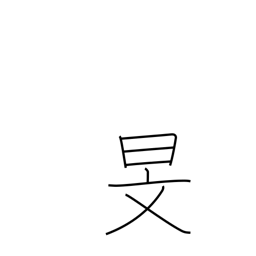
Meaning: the autumn sky